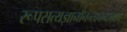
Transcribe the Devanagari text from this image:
रूपसत्यज्ञानाँनन्तानन्दलक्षणे